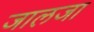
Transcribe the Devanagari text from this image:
जालजा